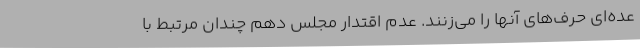
عده‌ای حرف‌های آنها را می‌زنند. عدم اقتدار مجلس دهم چندان مرتبط با